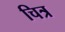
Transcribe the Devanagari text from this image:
चित्र